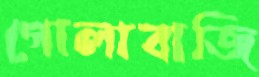
গোলাবাজি